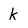
Character: k